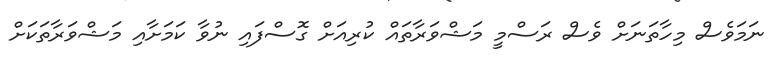
ނަމަވެސް މިހާތަނަށް ވެސް ރަސްމީ މަޝްވަރާތައް ކުރިއަށް ގޮސްފައި ނުވާ ކަމަށާއި މަޝްވަރާތަކަށް